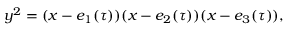
y ^ { 2 } = ( x - e _ { 1 } ( \tau ) ) ( x - e _ { 2 } ( \tau ) ) ( x - e _ { 3 } ( \tau ) ) ,